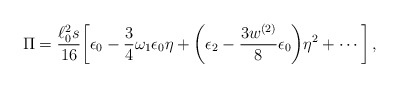
\begin{align*}\Pi =\frac{\ell _0^2s}{16}\biggl[\epsilon _0-\frac{3}{4}\omega_1\epsilon_0 \eta +\biggl(\epsilon _2 -\frac{3w^{(2)}}{8}\epsilon_0\biggl)\eta ^2 +\cdots \biggr]\, ,\end{align*}